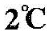
2℃